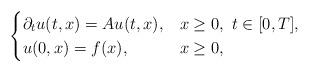
LaTeX: \begin{align*}\begin{cases}\partial_t u(t,x)=Au(t,x),& x\ge0,\ t\in[0,T],\\u(0,x)=f(x),& x\ge0,\end{cases} \end{align*}